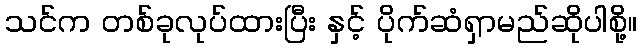
သင်က တစ်ခုလုပ်ထားပြီး နှင့် ပိုက်ဆံရှာမည်ဆိုပါစို့။